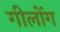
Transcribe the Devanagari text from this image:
गीलोंग